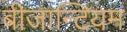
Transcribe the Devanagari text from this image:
बीजान्टियम